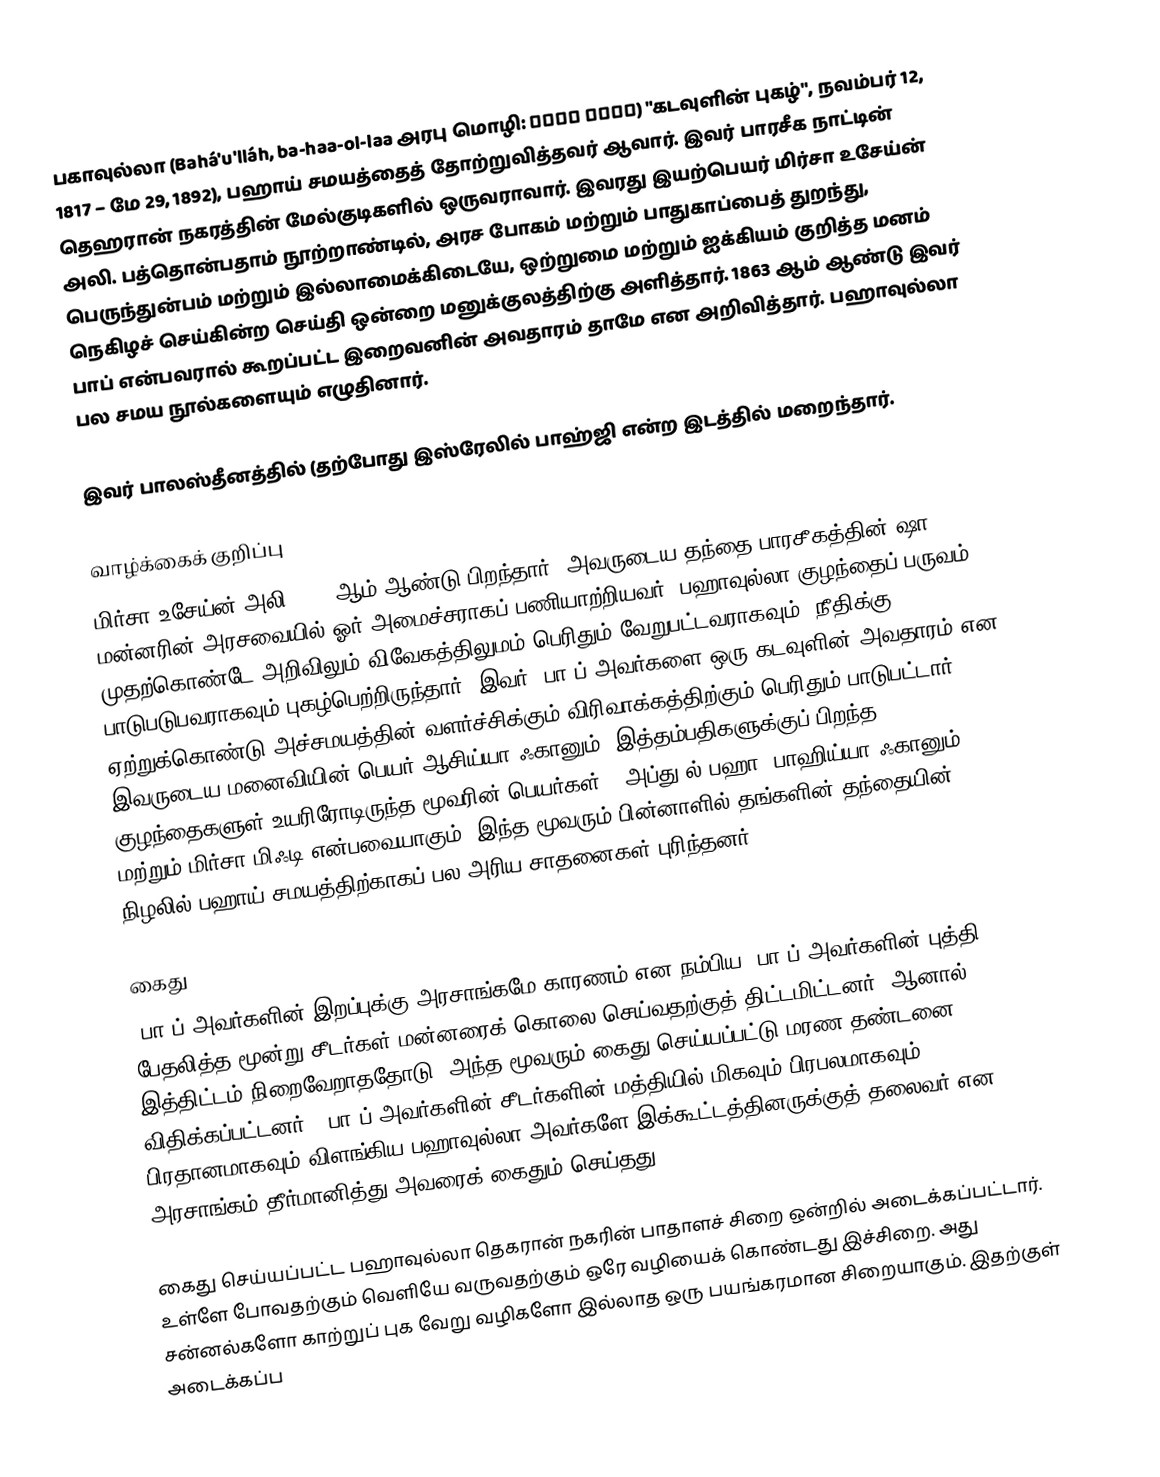
பகாவுல்லா (Bahá'u'lláh, ba-haa-ol-laa அரபு மொழி: بهاء الله) "கடவுளின் புகழ்", நவம்பர் 12, 1817 – மே 29, 1892), பஹாய் சமயத்தைத் தோற்றுவித்தவர் ஆவார். இவர் பாரசீக நாட்டின் தெஹரான் நகரத்தின் மேல்குடிகளில் ஒருவராவார். இவரது இயற்பெயர் மிர்சா உசேய்ன் அலி. பத்தொன்பதாம் நூற்றாண்டில், அரச போகம் மற்றும் பாதுகாப்பைத் துறந்து, பெருந்துன்பம் மற்றும் இல்லாமைக்கிடையே, ஒற்றுமை மற்றும் ஐக்கியம் குறித்த மனம் நெகிழச் செய்கின்ற செய்தி ஒன்றை மனுக்குலத்திற்கு அளித்தார். 1863 ஆம் ஆண்டு இவர் பாப் என்பவரால் கூறப்பட்ட இறைவனின் அவதாரம் தாமே என அறிவித்தார். பஹாவுல்லா பல சமய நூல்களையும் எழுதினார்.

இவர் பாலஸ்தீனத்தில் (தற்போது இஸ்ரேலில் பாஹ்ஜி என்ற இடத்தில் மறைந்தார்.

வாழ்க்கைக் குறிப்பு
மிர்சா உசேய்ன் அலி 1817 ஆம் ஆண்டு பிறந்தார். அவருடைய தந்தை பாரசீகத்தின் ஷா மன்னரின் அரசவையில் ஓர் அமைச்சராகப் பணியாற்றியவர். பஹாவுல்லா குழந்தைப் பருவம் முதற்கொண்டே அறிவிலும் விவேகத்திலுமம் பெரிதும் வேறுபட்டவராகவும், நீதிக்கு பாடுபடுபவராகவும் புகழ்பெற்றிருந்தார். இவர் ‘பா’ப் அவர்களை ஒரு கடவுளின் அவதாரம் என ஏற்றுக்கொண்டு அச்சமயத்தின் வளர்ச்சிக்கும் விரிவாக்கத்திற்கும் பெரிதும் பாடுபட்டார். இவருடைய மனைவியின் பெயர் ஆசிய்யா ஃகானும். இத்தம்பதிகளுக்குப் பிறந்த குழந்தைகளுள் உயரிரோடிருந்த மூவரின் பெயர்கள் – அப்து’ல்-பஹா, பாஹிய்யா ஃகானும் மற்றும் மிர்சா மிஃடி என்பவையாகும். இந்த மூவரும் பின்னாளில் தங்களின் தந்தையின் நிழலில் பஹாய் சமயத்திற்காகப் பல அரிய சாதனைகள் புரிந்தனர்.

கைது
‘பா’ப் அவர்களின் இறப்புக்கு அரசாங்கமே காரணம் என நம்பிய ‘பா’ப் அவர்களின் புத்தி பேதலித்த மூன்று சீடர்கள் மன்னரைக் கொலை செய்வதற்குத் திட்டமிட்டனர். ஆனால் இத்திட்டம் நிறைவேறாததோடு, அந்த மூவரும் கைது செய்யப்பட்டு மரண தண்டனை விதிக்கப்பட்டனர். ‘பா’ப் அவர்களின் சீடர்களின் மத்தியில் மிகவும் பிரபலமாகவும் பிரதானமாகவும் விளங்கிய பஹாவுல்லா அவர்களே இக்கூட்டத்தினருக்குத் தலைவர் என அரசாங்கம் தீர்மானித்து அவரைக் கைதும் செய்தது.

கைது செய்யப்பட்ட பஹாவுல்லா தெகரான் நகரின் பாதாளச் சிறை ஒன்றில் அடைக்கப்பட்டார். உள்ளே போவதற்கும் வெளியே வருவதற்கும் ஒரே வழியைக் கொண்டது இச்சிறை. அது சன்னல்களோ காற்றுப் புக வேறு வழிகளோ இல்லாத ஒரு பயங்கரமான சிறையாகும். இதற்குள் அடைக்கப்ப